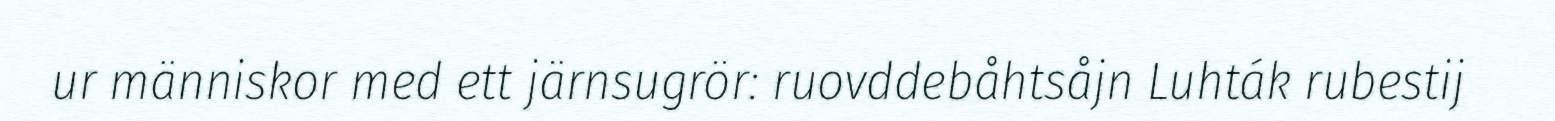
ur människor med ett järnsugrör: ruovddebåhtsåjn Luhták rubestij